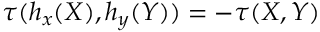
\tau ( h _ { x } ( X ) , h _ { y } ( Y ) ) = - \tau ( X , Y )